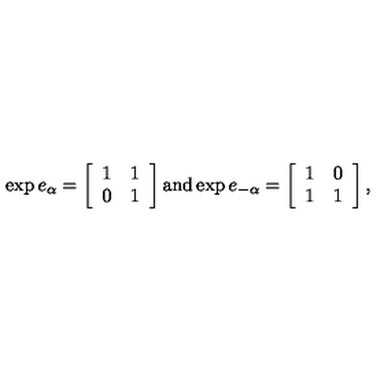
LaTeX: \exp e _ { \alpha } = \left[ \begin{array} { c c } { 1 } & { 1 } \\ { 0 } & { 1 } \\ \end{array} \right] \mathrm { a n d } \exp e _ { - \alpha } = \left[ \begin{array} { c c } { 1 } & { 0 } \\ { 1 } & { 1 } \\ \end{array} \right] ,